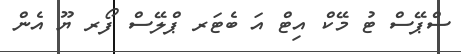
ސްޕޭސް ޓު މޭކް އިޓް އަ ބެޓަރ ޕްލޭސް ފޯރ ޔޫ އެން